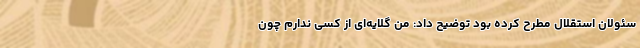
سئولان استقلال مطرح کرده بود توضیح داد: من گلایه‌ای از کسی ندارم چون